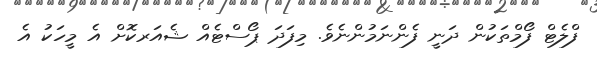
ފްލެޓް ފޯމްތަކުން ދަނީ ފެންނަމުންނެވެ. މިފަދަ ޕޯސްޓެއް ޝެއަރކޮށް އެ މީހަކު އެ